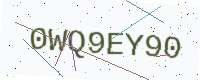
Text: 0WQ9EY90